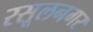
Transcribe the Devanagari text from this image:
रसूलनगर